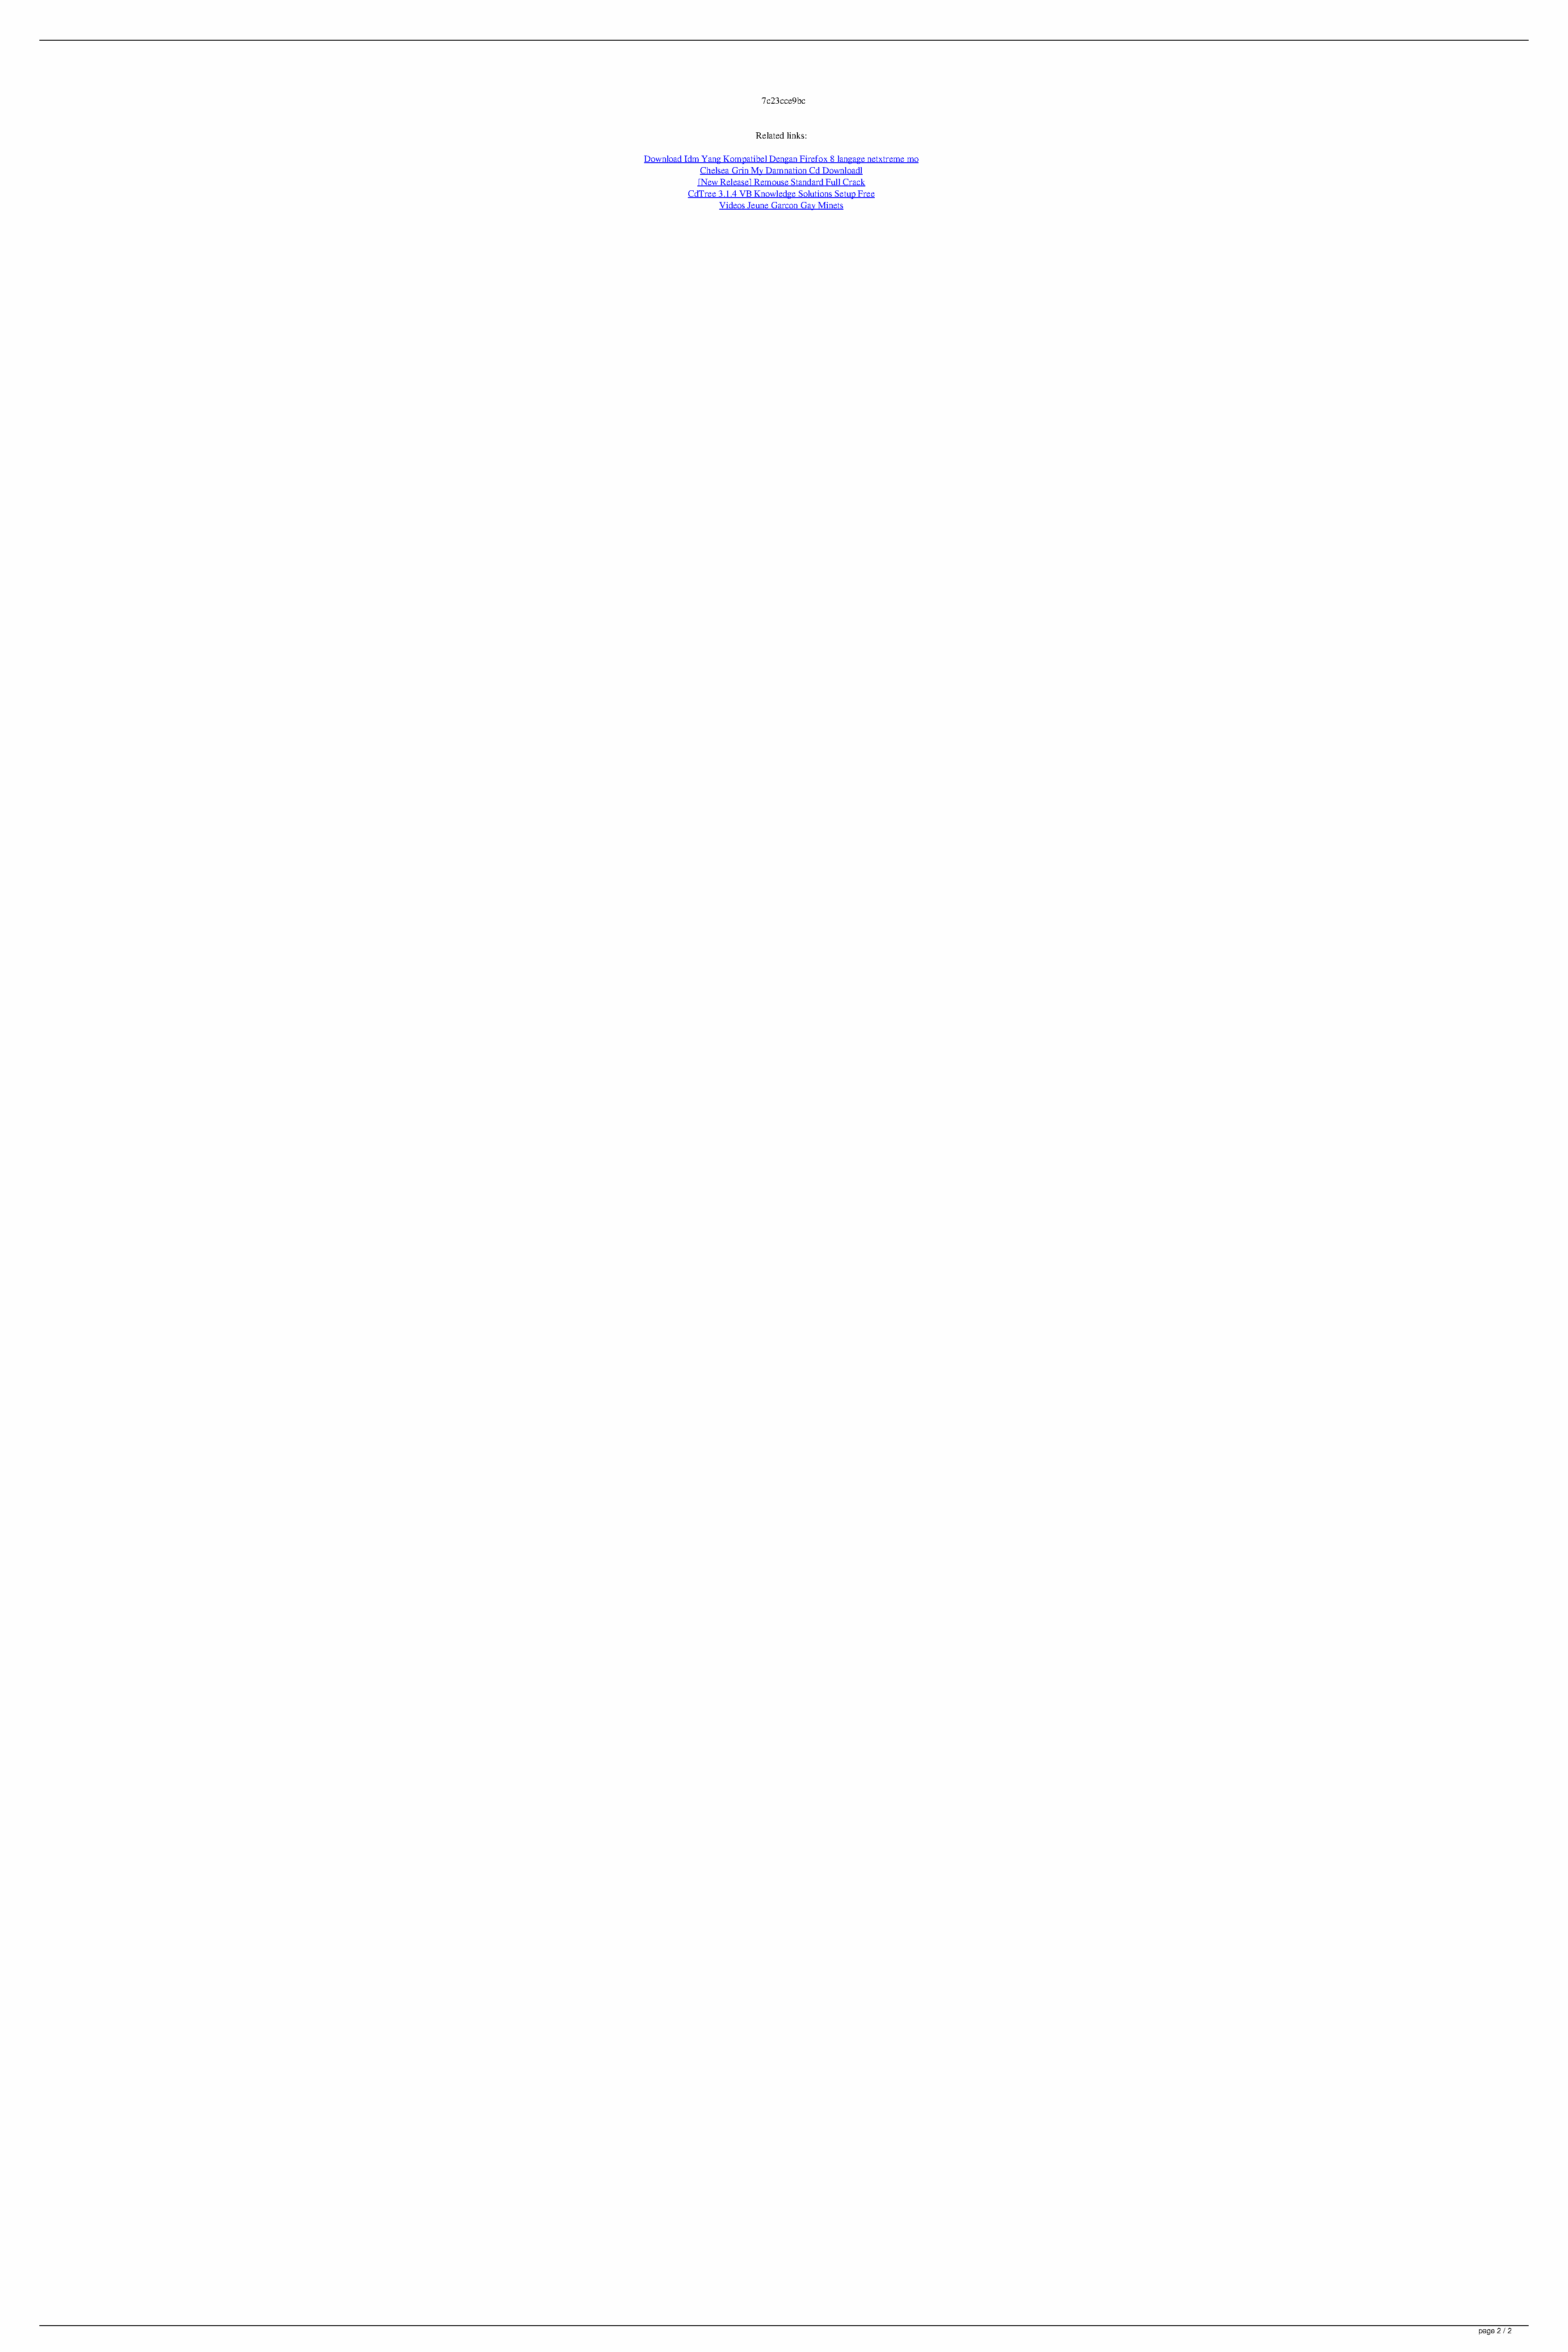
7c23cce9bc
 Related links:
 Download Idm Yang Kompatibel Dengan Firefox 8 langage netxtreme mo
 Chelsea Grin My Damnation Cd Downloadl
 [New Release] Remouse Standard Full Crack
 CdTree 3.1.4 VB Knowledge Solutions Setup Free
 Videos Jeune Garcon Gay Minets
 page 2 / 2
 Tom And Jerry In Fists Of Furry Game Free Download